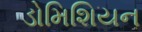
ડોમિશિયન